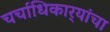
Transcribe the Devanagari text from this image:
चर्चाधिकार्‍यांचा